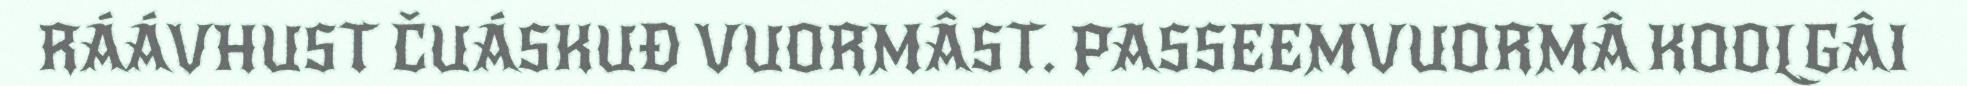
RÁÁVHUST ČUÁSKUĐ VUORMÂST. PASSEEMVUORMÂ KOOLGÂI